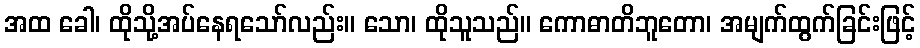
အထ ခေါ၊ ထိုသို့အပ်နေရသော်လည်း။ သော၊ ထိုသူသည်။ ကောဓာတိဘူတော၊ အမျက်ထွက်ခြင်းဖြင့်